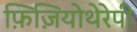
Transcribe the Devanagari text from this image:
फ़िज़ियोथेरेपी